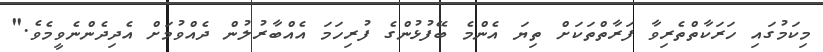
މިކަމުގައި ހަރަކާތްތެރިވާ ފަރާތްތަކަށް ތިޔަ އެންމެ ބޭފުޅުންގެ ފުރިހަމަ އެއްބާރުލުން ދެއްވުމަށް އެދިދެންނެވީމެވެ."